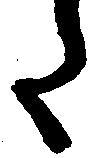
た